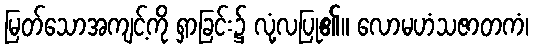
မြတ်သောအကျင့်ကို ရှာခြင်း၌ လုံ့လပြု၏။ လောမဟံသဇာတကံ၊